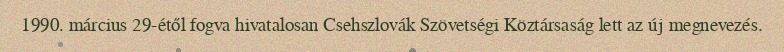
1990. március 29-étől fogva hivatalosan Csehszlovák Szövetségi Köztársaság lett az új megnevezés.